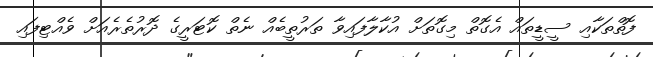
ފޮތްތަކާއި ސީޑީތައް އެގޮތް މިގޮތަށް އުކާލާފައިވާ ތަރުތީބެއް ނެތް ކޮޓަރީގެ ދޮރުތެރެއަށް ވެއްޓިފައި